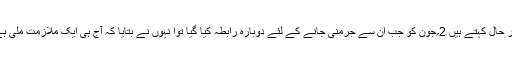
بہر حال کہتے ہیں 2؍جون کو جب ان سے جرمنی جانے کے لئے دوبارہ رابطہ کیا گیا توا نہوں نے بتایا کہ آج ہی ایک ملازمت ملی ہے۔